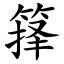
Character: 箨